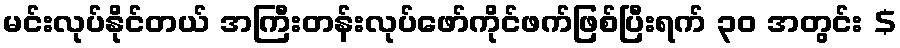
မင်းလုပ်နိုင်တယ် အကြီးတန်းလုပ်ဖော်ကိုင်ဖက်ဖြစ်ပြီးရက် ၃၀ အတွင်း $